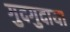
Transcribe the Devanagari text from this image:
गुदगुदाया